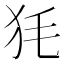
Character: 𤝄